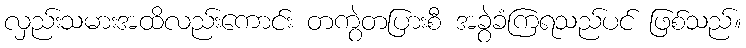
လှည်းသမားအထိလည်းကောင်း တကွဲတပြားစီ အခွဲခံကြရသည်ပင် ဖြစ်သည်။